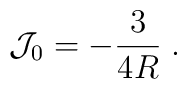
\mathcal{J}_0=-\frac 3{4R}\;.